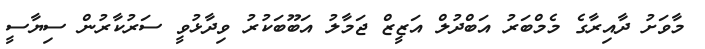
މާވަށު ދާއިރާގެ މެމްބަރު އަބްދުލް އަޒީޒް ޖަމާލު އަބޫބަކުރު ވިދާޅުވީ ސަރުކާރުން ސިޔާސީ